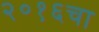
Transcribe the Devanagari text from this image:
२०१६चा